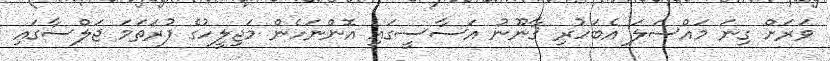
ވަރަށް ގިނަ މައްސަލަ އެބަހުރި ޤާނޫނު އަސާސީގައި އޮންނަހެން މަޖިލީހުގެ ފުރަތަމަ ޖަލްސާގައި